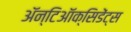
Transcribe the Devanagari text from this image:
ॲन्टिऑक्सिडेंट्स